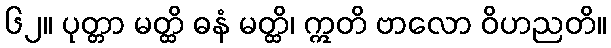
၆၂။ ပုတ္တာ မတ္ထိ ဓနံ မတ္ထိ၊ ဣတိ ဗာလော ဝိဟညတိ။